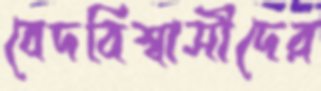
বেদবিশ্বাসীদের